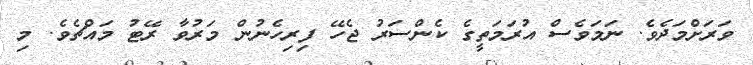
ވަރަށްމަދެވެ. ނަމަވެސް އުރަމަތީގެ ކެންސަރު ޖެހޭ ފިރިހެނުން މަރުވާ ރޭޓު މައްޗެވެ. މި